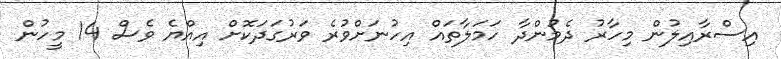
އިސްރާއިލުން މިހާރު ދެމުންދާ ހަމަލާތައް އިހުނަށްވުރެ ވަރުގަދަކޮށް އިއްޔެ ވެސް 14 މީހުން